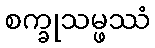
စက္ခုသမ္ဖဿံ